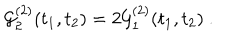
LaTeX: { \cal G } _ { 2 } ^ { ( 2 ) } ( t _ { 1 } , t _ { 2 } ) = 2 { \cal G } _ { 1 } ^ { ( 2 ) } ( t _ { 1 } , t _ { 2 } ) \ .